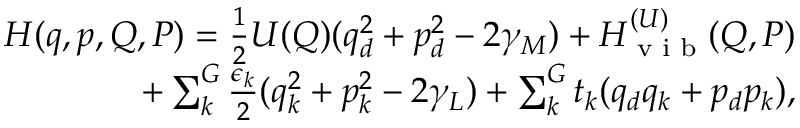
\begin{array} { r } { H ( \boldsymbol { q } , \boldsymbol { p } , \boldsymbol { Q } , \boldsymbol { P } ) = \frac { 1 } { 2 } U ( \boldsymbol { Q } ) ( q _ { d } ^ { 2 } + p _ { d } ^ { 2 } - 2 \gamma _ { M } ) + H _ { \textrm { v i b } } ^ { ( U ) } ( \boldsymbol { Q } , \boldsymbol { P } ) } \\ { + \sum _ { k } ^ { G } \frac { \epsilon _ { k } } { 2 } ( q _ { k } ^ { 2 } + p _ { k } ^ { 2 } - 2 \gamma _ { L } ) + \sum _ { k } ^ { G } t _ { k } ( q _ { d } q _ { k } + p _ { d } p _ { k } ) , } \end{array}